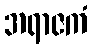
အရာဇကံ